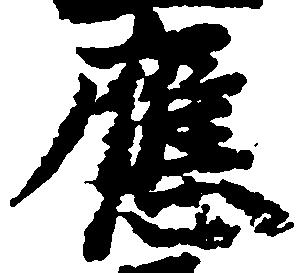
応